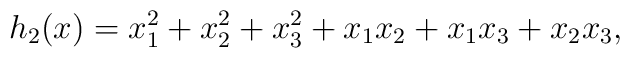
h_2(x) = x_1^2 + x_2^2 + x_3^2 + x_1 x_2 +  x_1 x_3 +  x_2 x_3,